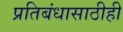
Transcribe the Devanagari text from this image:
प्रतिबंधासाठीही